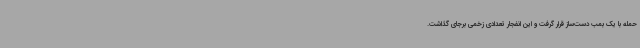
حمله با یک بمب دست‌ساز قرار گرفت و این انفجار تعدادی زخمی برجای گذاشت.